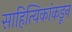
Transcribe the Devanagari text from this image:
साहित्यिकांकडून